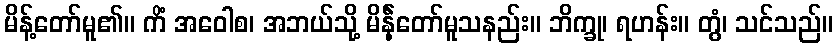
မိန့်တော်မူ၏။ ကိံ အဝေါစ၊ အဘယ်သို့ မိန်ဲ့တော်မူသနည်း။ ဘိက္ခု၊ ရဟန်း။ တွံ၊ သင်သည်။